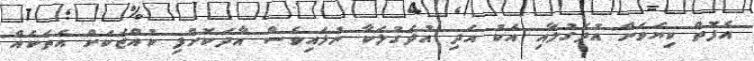
އެފޮތް ކިޔަވަން އުދަގުލާއި އެކު އަދި އުދަގުލަކާ ނުލައިވެސް އާދަކޮށްފި ކުއްޖަކަށް އެތަކެއް